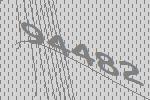
94482